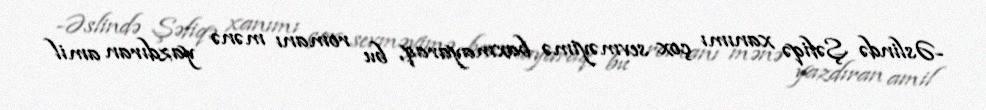
-Əslində Şəfiqə xanımı çox sevməyimə baxmayaraq, bu romanı mənə yazdıran amil